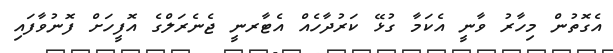
އެގޮތުން މިހާރު ވާނީ އެކަމާ ގުޅޭ ކަރުދާހެއް އެޓާރނީ ޖެނެރަލްގެ އޮފީހަށް ފޮނުވާފައި